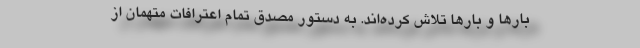
بارها و بارها تلاش کرده‌اند. به دستور مصدق تمام اعترافات متهمان از